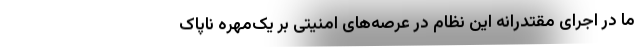
ما در اجرای مقتدرانه این نظام در عرصه‌های امنیتی بر یک‌مهره ناپاک